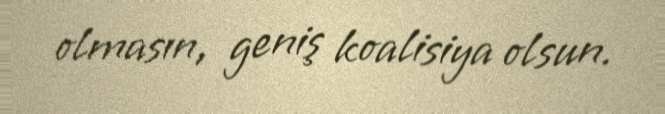
olmasın, geniş koalisiya olsun.